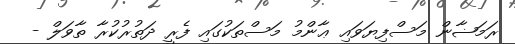
ރަމަޟާން މަސްފިޔަވައި ޢާންމު މަސްތަކުގައި ފެރީ ދަތުރުކުރާ ތާވަލް -